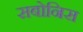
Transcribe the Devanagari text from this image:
सबोनिस